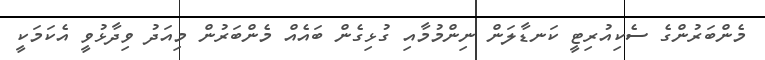
މެންބަރުންގެ ސެކިއުރިޓީ ކަނޑާލަން ނިންމުމާއި ގުޅިގެން ބައެއް މެންބަރުން މިއަދު ވިދާޅުވީ އެކަމަކީ